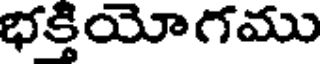
భక్తియోగము